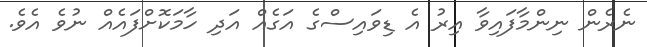
ނެރެން ނިންމާފައިވާ އިރު އެ ޑިވައިސްގެ އަގެއް އަދި ހާމަކޮށްފައެއް ނުވެ އެވެ.